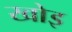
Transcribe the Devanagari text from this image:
खोइ